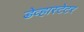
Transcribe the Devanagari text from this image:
डेव्हास्टेटर